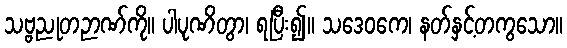
သဗ္ဗညုတဉာဏ်ကို။ ပါပုဏိတွာ၊ ရပြီး၍။ သဒေဝကေ၊ နတ်နှင့်တကွသော။